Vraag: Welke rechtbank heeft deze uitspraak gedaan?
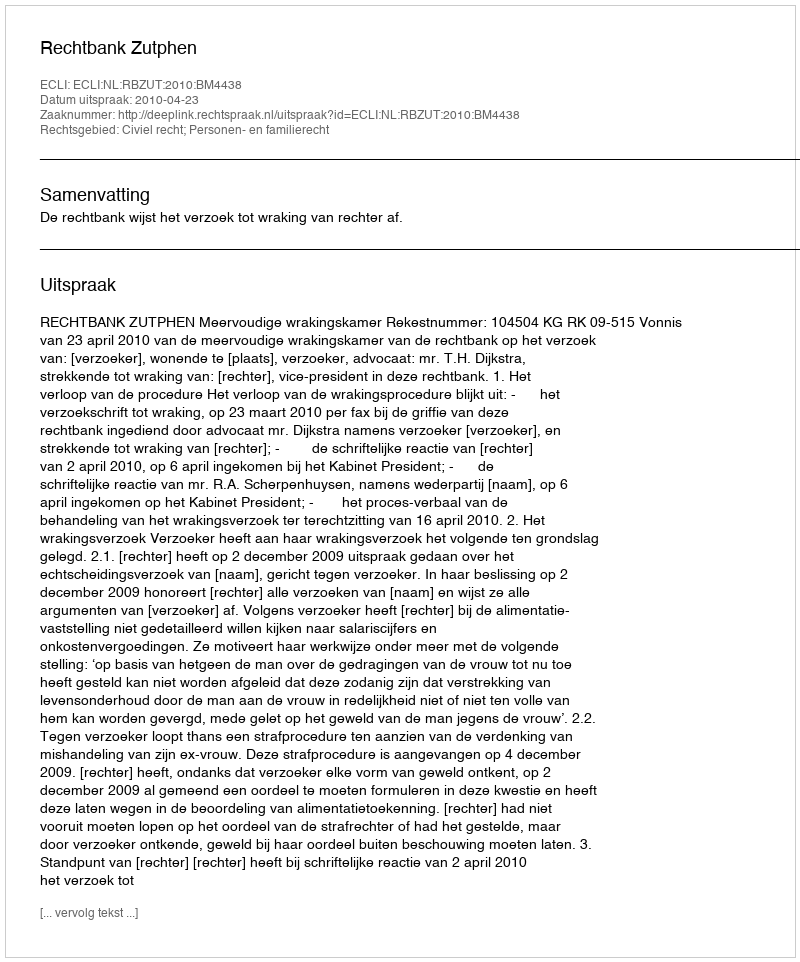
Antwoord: Rechtbank Zutphen